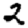
Digit: 2